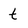
Character: t